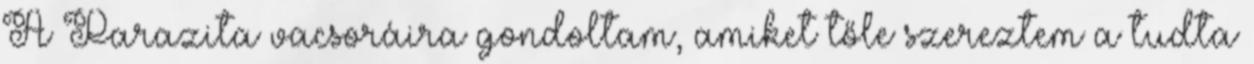
A Parazita vacsoráira gondoltam, amiket tőle szereztem a tudta